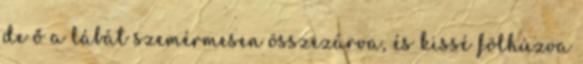
de ő a lábát szemérmesen összezárva, és kissé fölhúzva